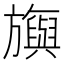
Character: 旟